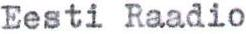
Eesti Raadio